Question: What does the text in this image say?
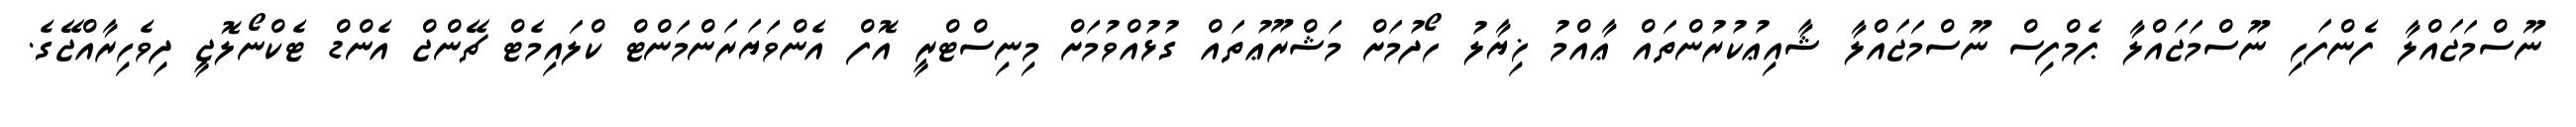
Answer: ނޫސްމަޖައްލާ ފެންފަހި ނޫސްމަޖައްލާ ޕެމްފިސް ނޫސްމަޖައްލާ ޝާއިޢުކުރުންތައް ޢާއްމު ޚިޔާލު ހޯދުމަށް މަޝްރޫޢުތައް ގުޅުއްވުމަށް މިނިސްޓްރީ އޮފް އެންވަޔަރަންމަންޓް ކްލައިމެޓް ޗޭންޖް އެންޑް ޓެކްނޯލޮޖީ ދިވެހިރާއްޖޭގެ.